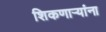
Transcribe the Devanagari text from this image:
शिकणाऱ्यांना